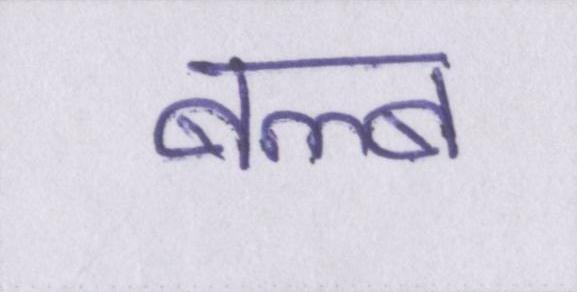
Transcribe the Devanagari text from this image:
बल्ब